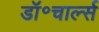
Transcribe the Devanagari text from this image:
डॉ॰चार्ल्स